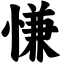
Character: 慊